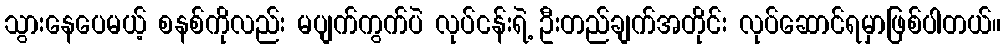
သွားနေပေမယ့် စနစ်ကိုလည်း မပျက်ကွက်ပဲ လုပ်ငန်းရဲ့ ဦးတည်ချက်အတိုင်း လုပ်ဆောင်ရမှာဖြစ်ပါတယ်။